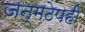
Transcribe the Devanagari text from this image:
जन्मठेपही